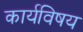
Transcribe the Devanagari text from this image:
कार्यविषय